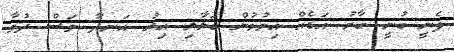
ފެނީ ބުނީ ބާރު އަޑެއް އިވުމުން ބަލާލި އިރު އަނދާ ވަސް ދުވާ